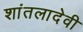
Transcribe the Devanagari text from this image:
शांतलादेवी